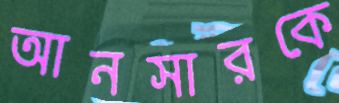
আনসারকে